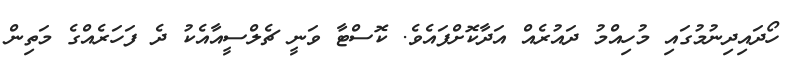
ހޯދައިދިނުމުގައި މުހިއްމު ދައުރެއް އަދާކޮށްފައެވެ. ކޮސްޓާ ވަނީ ޗެލްސީއާއެކު ދެ ފަހަރެއްގެ މަތިން